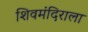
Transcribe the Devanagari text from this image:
शिवमंदिराला